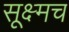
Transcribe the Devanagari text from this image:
सूक्ष्मच